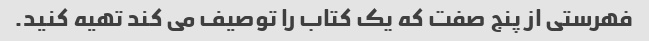
فهرستی از پنج صفت که یک کتاب را توصیف می کند تهیه کنید.